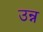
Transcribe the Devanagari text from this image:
उन्न